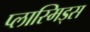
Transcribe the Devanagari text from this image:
प्लास्मिड्स